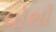
ધોશો